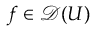
f \in { \mathcal { D } } ( U )